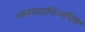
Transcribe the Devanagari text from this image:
आनास्तासिअधिस